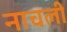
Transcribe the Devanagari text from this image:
नाचली